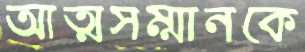
আত্মসম্মানকে